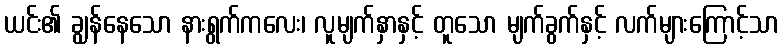
ယင်း၏ ချွန်နေသော နားရွက်ကလေး၊ လူမျက်နှာနှင့် တူသော မျက်ခွက်နှင့် လက်များကြောင့်သာ